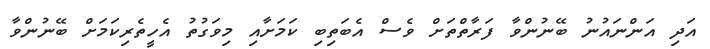
އަދި އަންނައުނު ބޭނުންވާ ފަރާތްތަށް ވެސް އެބަތިބި ކަމަށާއި މިވަގުތު އެހީތެރިކަމަށް ބޭނުންވާ